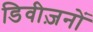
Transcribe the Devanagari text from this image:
डिवीज़नों